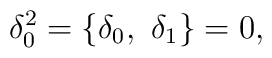
\delta_0^2 = \lbrace \delta_0 , \ \delta_1 \rbrace = 0,